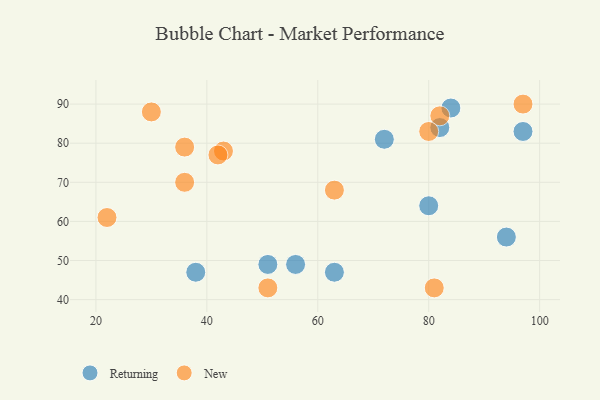
{"axis": {"x": "GDP", "y": "Life Expectancy"}, "legend": ["New", "Returning"], "data": [{"x": "72", "y": 81, "type": "Returning"}, {"x": "82", "y": 84, "type": "Returning"}, {"x": "38", "y": 47, "type": "Returning"}, {"x": "51", "y": 49, "type": "Returning"}, {"x": "84", "y": 89, "type": "Returning"}, {"x": "63", "y": 47, "type": "Returning"}, {"x": "94", "y": 56, "type": "Returning"}, {"x": "80", "y": 64, "type": "Returning"}, {"x": "56", "y": 49, "type": "Returning"}, {"x": "97", "y": 83, "type": "Returning"}, {"x": "97", "y": 90, "type": "New"}, {"x": "43", "y": 78, "type": "New"}, {"x": "81", "y": 43, "type": "New"}, {"x": "30", "y": 88, "type": "New"}, {"x": "36", "y": 70, "type": "New"}, {"x": "82", "y": 87, "type": "New"}, {"x": "36", "y": 79, "type": "New"}, {"x": "42", "y": 77, "type": "New"}, {"x": "22", "y": 61, "type": "New"}, {"x": "51", "y": 43, "type": "New"}, {"x": "80", "y": 83, "type": "New"}, {"x": "63", "y": 68, "type": "New"}]}